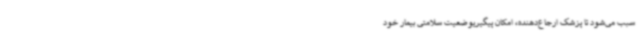
سبب می‌شود تا پزشک ارجاع‌دهنده، امکان پیگیریوضعیت سلامتی بیمار خود